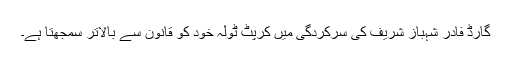
گارڈ فادر شہباز شریف کی سرکردگی میں کرپٹ ٹولہ خود کو قانون سے بالاتر سمجھتا ہے۔